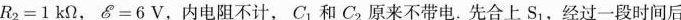
$$R _ { 2 } = 1 k Ω$$，$$Ԑ = 6 V$$，内电阻不计， 和C_{1}和C_{2}原来不带电.先合上S_{1}，经过一段时间后